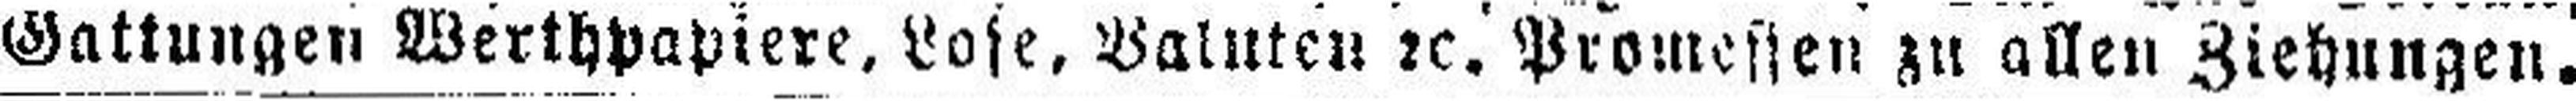
Gattungen Werthpapiere, Lose, Valuten 2c. Promessen zu allen Ziehungen.